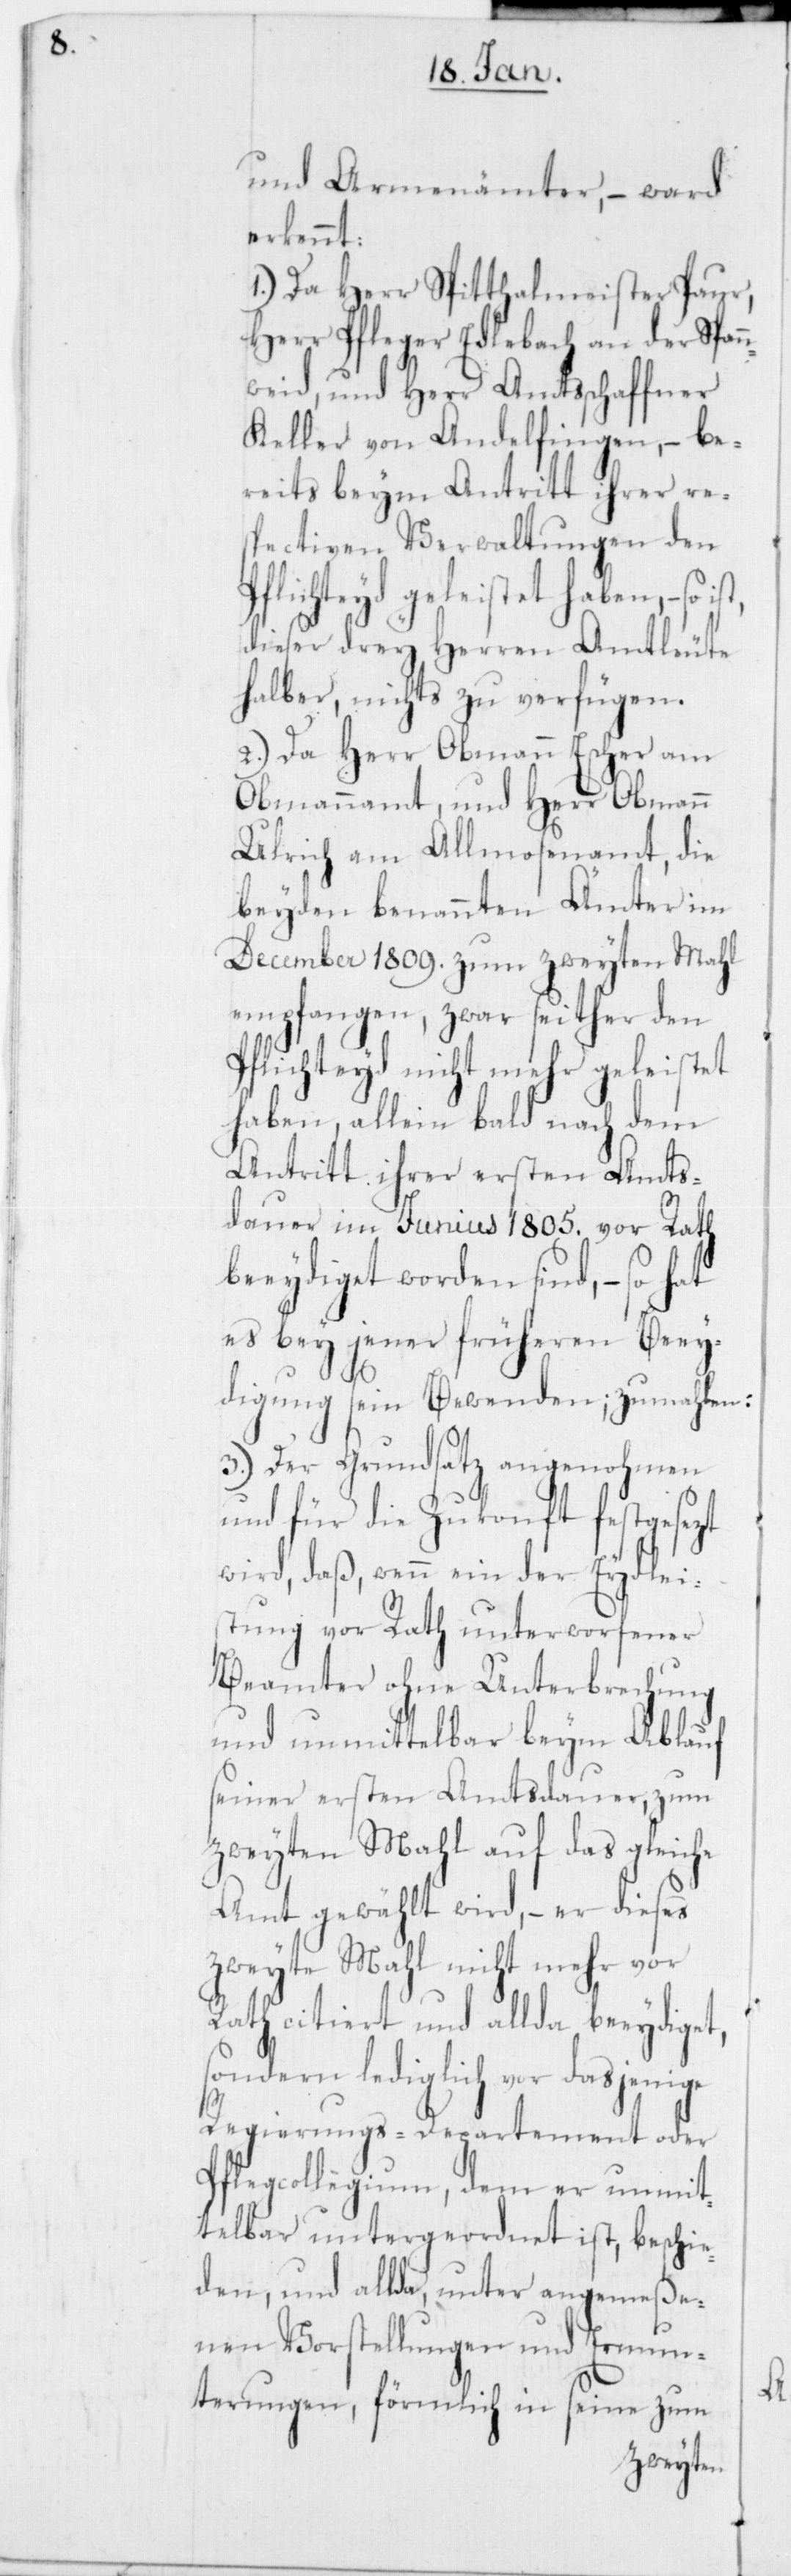
und Armenämter, – ward
erkennt:
1.) Da Herr Spitthalmeister Paur,
Herr Pfleger Edlebach an der Span¬
weid, und Herr Amtsschaffner
Keller von Andelfingen, – be¬
reits beym Antritt ihrer re¬
spectiven Verwaltungen den
flichteyd geleistet haben, – so
dieser drey Herren Amtleute
halber, nichts zu verfügen.
2.) Da Herr Obmann Escher am
Obmannamt, und Herr Obmann
Ulrich am Allmosenamt, die
beyden benannten Äm¬
December 1809. zum zweyten Mahl
empfangen, zwar seither den
Pflichteyd nicht mehr geleistet
haben, allein bald nach dem
Antritt ihrer ersten Amts¬
dauer im Junius 1805. vor Rath
beeydiget worden sind, – so hat
es bey jener früheren Beey¬
digung sein Bewenden;
3.) Der Grundsatz angenohmen
und für die Zukonft festgesezt
wird, daß, wenn ein der Ey¬
stung vor Rath unterworfener
Beamter ohne Unterbrechung
und unmittelbar beym Ablauf
seiner ersten Amtsdauer, zum
zweyten Mahl auf das gleic¬
Amt gewählt wird, – er dieses
zweyte Mahl nicht mehr
Rath citiert und allda beeydiget,
sondern lediglich vor d¬
Regierungs-Departement oder
Pflegcollegium, dem er unmit¬
telbar untergeordnet ist, beschie¬
den, und allda, unter angemeße¬
nen Vorstellungen und
Ermun¬
terungen,
in
seine zum

dlei¬

asjenige